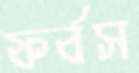
ফর্বস